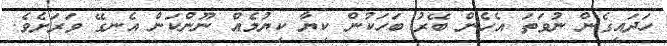
ހަދައިގެން ނުވަތަ އެހެން ބޭރު ބަހަކުން ކިޔާ ކިޔުމެއް ނޫންކަން އެނގޭ ވަރަށެވެ.